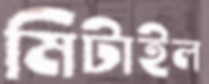
মিটাইল